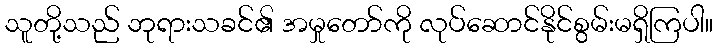
သူတို့သည် ဘုရားသခင်၏ အမှုတော်ကို လုပ်ဆောင်နိုင်စွမ်းမရှိကြပါ။